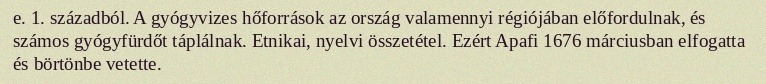
e. 1. századból. A gyógyvizes hőforrások az ország valamennyi régiójában előfordulnak, és számos gyógyfürdőt táplálnak. Etnikai, nyelvi összetétel. Ezért Apafi 1676 márciusban elfogatta és börtönbe vetette.